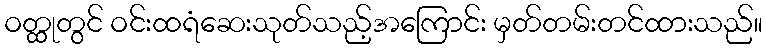
ဝတ္ထုတွင် ဝင်းထရံဆေးသုတ်သည့်အကြောင်း မှတ်တမ်းတင်ထားသည်။